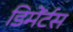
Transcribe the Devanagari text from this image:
डिमेंर्टस